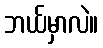
ဘယ်မှာလဲ။